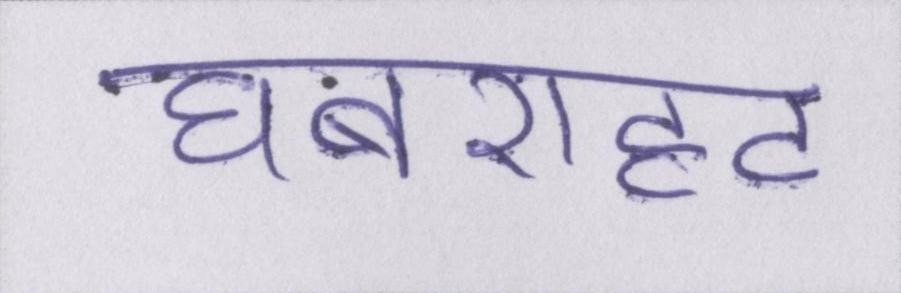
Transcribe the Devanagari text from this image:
घबराहट